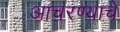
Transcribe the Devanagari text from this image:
आचरण्याचे